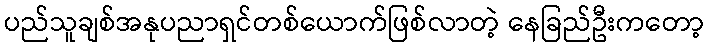
ပည်သူချစ်အနုပညာရှင်တစ်ယောက်ဖြစ်လာတဲ့ နေခြည်ဦးကတော့